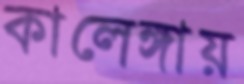
কালেঙ্গায়